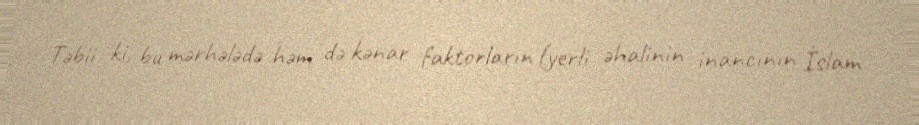
Təbii ki, bu mərhələdə həm də kənar faktorların (yerli əhalinin inancının İslam